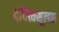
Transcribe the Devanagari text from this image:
द्‍वित्वमूलक